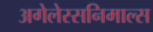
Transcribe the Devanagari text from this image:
अगेलेस्सनिमाल्स